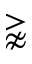
\gnapprox